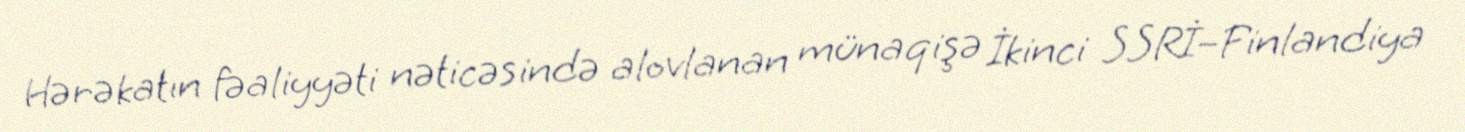
Hərəkatın fəaliyyəti nəticəsində alovlanan münaqişə İkinci SSRİ–Finlandiya